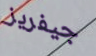
جيفريز